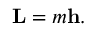
\mathbf { L } = m \mathbf { h } .